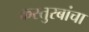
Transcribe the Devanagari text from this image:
कस्तुरबांचा